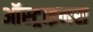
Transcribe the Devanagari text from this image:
ऑस्ट्राइनस